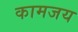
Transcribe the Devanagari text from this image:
कामजय